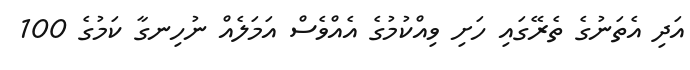
އަދި އެތަނުގެ ތެރޭގައި ހަށި ވިއްކުމުގެ އެއްވެސް އަމަލެއް ނުހިނގާ ކަމުގެ 100